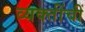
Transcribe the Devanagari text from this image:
व्यक्तींचीं